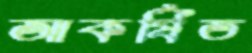
আকর্ষিত